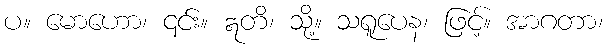
ပ။ မောဟော၊ ၎င်း။ ဣတိ၊ သို့။ သရူပေန၊ ဖြင့်။ အာဂတာ၊